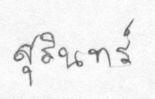
สุรินทร์